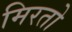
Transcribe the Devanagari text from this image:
मिरतो